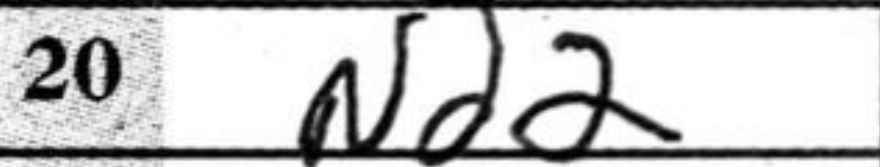
Transcription: Nd2